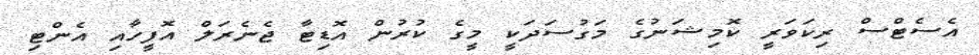
އެސެޓްސް ރިކަވަރީ ކޮމިޝަނުގެ މަގުސަދަކީ މީގެ ކުރުން އޮޑިޓާ ޖެނެރަލް އޮފީހާއި އެންޓި